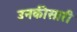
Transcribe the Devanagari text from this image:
उनकीसारी